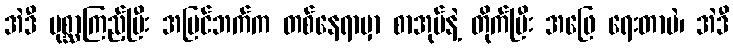
အဲဒီ ပုစ္ဆာကြည့်ပြီး အပြင်ဘက်က တစ်နေရာမှာ စာအုပ်နဲ့ တိုက်ပြီး အဖြေ ရေးတာပဲ၊ အဲဒီ